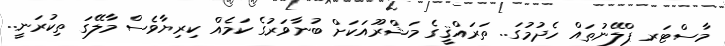
މާސްޓަރ ޕްލޭނުތައް ހެދުމުގަ.. ތަރައްޤީގެ މަޝްރޫއަކަށް ބުނާވަރުގެ ކަމެއް ކިރިޔާވެސް މާލޭގަ ތިކުރަނީ..